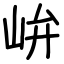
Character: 峅